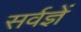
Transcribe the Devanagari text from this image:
सर्वज्ञें